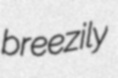
breezily